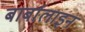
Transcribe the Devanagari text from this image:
बार्बालाइन